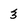
Character: 3